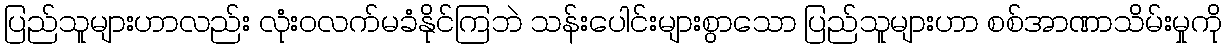
ပြည်သူများဟာလည်း လုံးဝလက်မခံနိုင်ကြဘဲ သန်းပေါင်းများစွာသော ပြည်သူများဟာ စစ်အာဏာသိမ်းမှုကို